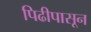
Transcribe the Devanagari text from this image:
पिढीपासून